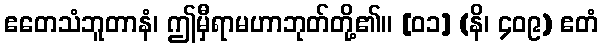
ဧတေသံဘူတာနံ၊ ဤမှီရာမဟာဘုတ်တို့၏။ [၀၁] (နိ၊ ၄၀၉) ဧတံ